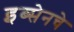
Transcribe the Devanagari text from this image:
इब्सेनचे